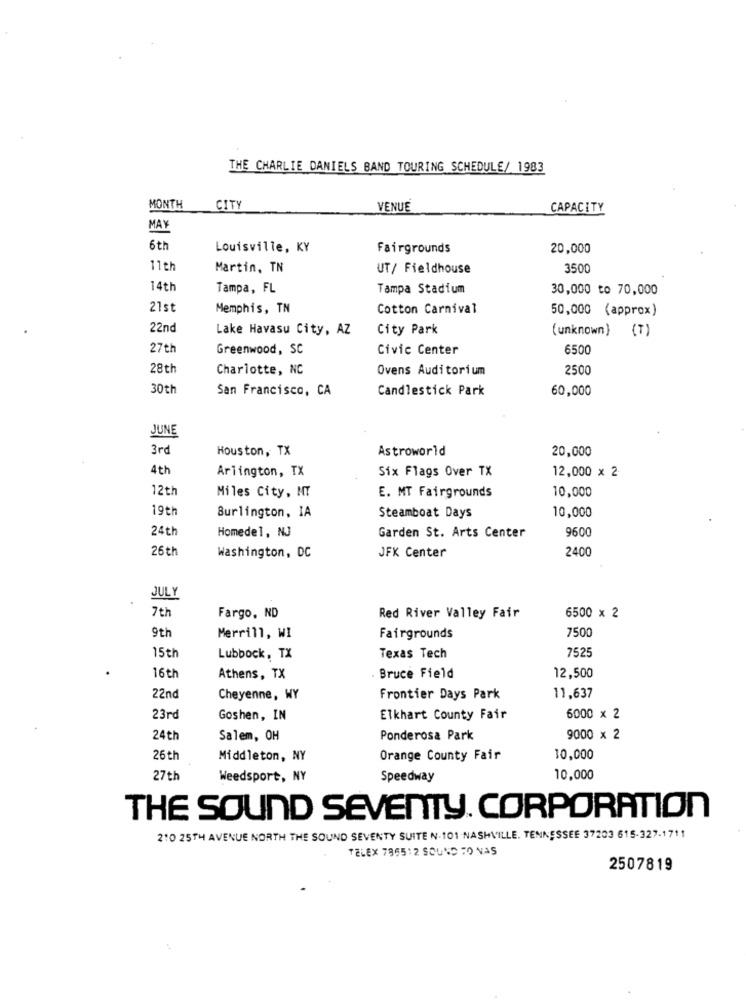
THE CHARLIE DANIELS BAND TOURING SCHEDULE/ 1983
MONTH
CITY
VENUE
CAPACITY
MAY
6th
Louisville, KY
Fairgrounds
20,000
11th
Martin, TN
UT/ Fieldhouse
3500
14th
Tampa, FL
Tampa Stadium
30,000 to 70,000
21st
Memphis, TN
Cotton Carnival
50,000 (approx)
22nd
Lake Havasu City, AZ
City Park
(unknown) (7)
27th
Greenwood, SC
Civic Center
6500
28th
Charlotte, NC
Ovens Auditorium
2500
30th
San Francisco, CA
Candlestick Park
60,000
JUNE
3rd
Houston, TX
Astroworld
20,000
4th
Arlington, TX
Six Flags Over TX
12,000 x 2
12th
Miles City, NT
E. MT Fairgrounds
10,000
19th
Burlington, IA
Steamboat Days
10,000
24th
Homedel, NJ
Garden St. Arts Center
9600
26th
JFK Center
2400
Washington, DC
JULY
7th
Fargo, ND
Red River Valley Fair
6500 x 2
9th
7500
Merrill, WI
Fairgrounds
15th
7525
Lubbock, TX
Texas Tech
16 th
Athens, TX
Bruce Field
12,500
22nd
Cheyenne, WY
Frontier Days Park
11,637
23rd
Goshen, IN
Elkhart County Fair
6000 × 2
24th
Salem, OH
Ponderosa Park
9000 x 2
26 th
Middleton, NY
Orange County Fair
10,000
27th
Weedsport, NY
Speedway
10,000
THE SOUND SEVENTY. CORPORATION
210 25TH AVENUE NORTH THE SOUND SEVENTY SUITE N. 101 NASHVILLE, TENNESSEE 37203 615-327-1711
TELEX 795512 SOUND TO VAS
2507819